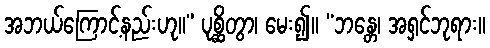
အဘယ်ကြောင့်နည်းဟု။” ပုစ္ဆိတွာ၊ မေး၍။ “ဘန္တေ၊ အရှင်ဘုရား။